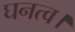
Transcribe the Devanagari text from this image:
घनत्व।